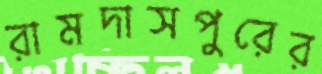
রামদাসপুরের